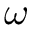
\omega